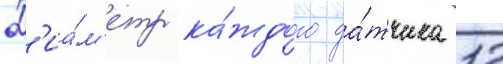
Д'иа́м'етр ка́ждого да́тчика 12